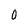
Character: 0